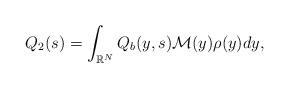
LaTeX: \begin{align*}Q_{2}(s) = \int_{\mathbb{R}^N}Q_b(y,s)\mathcal{M}(y)\rho(y)dy,\end{align*}